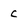
Character: c